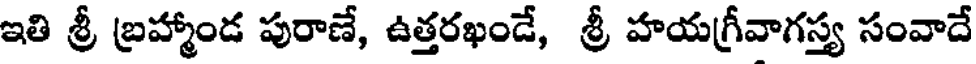
ఇతి శ్రీ బ్రహ్మాండ పురాణే, ఉత్తరఖండే, శ్రీ హయగ్రీవాగస్త్య సంవాదే